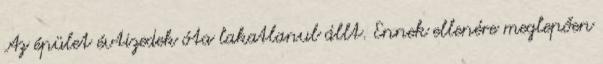
Az épület évtizedek óta lakatlanul állt. Ennek ellenére meglepően